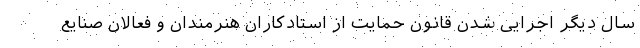
سال دیگر اجرایی شدن قانون حمایت از استادکاران هنرمندان و فعالان صنایع